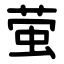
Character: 萤